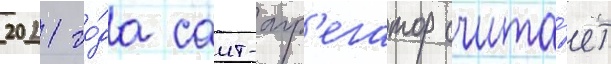
2021 го́да саит-агр'егатор счита́ет